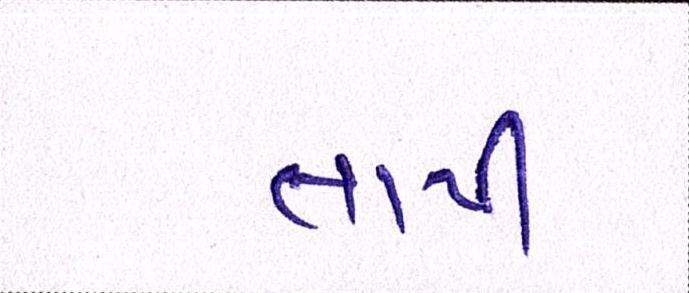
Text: તાપી